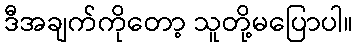
ဒီအချက်ကိုတော့ သူတို့မပြောပါ။